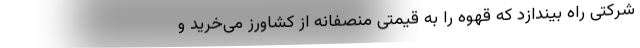
شرکتی راه بیندازد که قهوه را به قیمتی منصفانه از کشاورز می‌خرید و